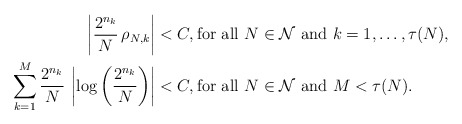
\begin{align*}\left|\frac{2^{n_{k}}}{N}\,\rho_{N,k}\right| & <C,\mbox{for all}\,\,N\in\mathcal{N}\,\,\mbox{and}\,\,k=1,\ldots,\tau(N), \\\sum_{k=1}^{M}\frac{2^{n_{k}}}{N}\,\left|\log\left(\frac{2^{n_{k}}}{N}\right)\right| & <C,\mbox{for all}\,\,N\in\mathcal{N}\,\,\mbox{and}\,\,M< \tau(N). \end{align*}